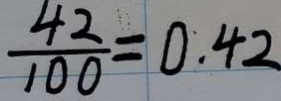
\frac { 4 2 } { 1 0 0 } = 0 . 4 2